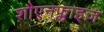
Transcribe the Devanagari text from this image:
शौएनफ्लाइज़